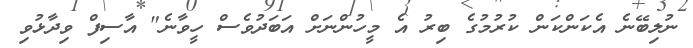
ނުލިބޭނެ އެކަންކަން ކުރުމުގެ ބިރު އެ މީހުންނަށް އަބަދުވެސް ހީވާނެ" އާސިފް ވިދާޅުވި